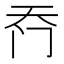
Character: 𮤮